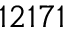
1 2 1 7 1